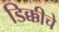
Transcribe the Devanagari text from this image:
डिक्कीचे